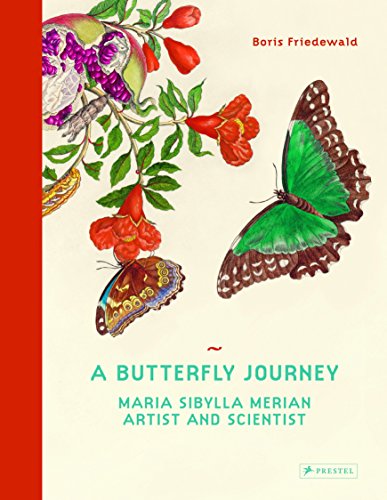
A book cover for A Butterfly Journey: Maria Sibylla Merian. Artist and Scientist; Boris Friedewald; Arts & Photography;